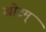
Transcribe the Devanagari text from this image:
खोटम्